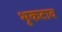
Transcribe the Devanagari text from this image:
भुकटाव